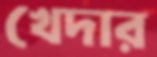
খেদার